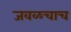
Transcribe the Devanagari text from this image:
जवळचाच